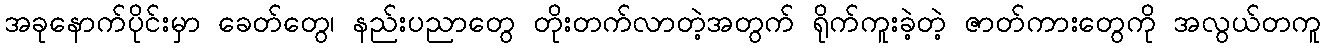
အခုနောက်ပိုင်းမှာ ခေတ်တွေ၊ နည်းပညာတွေ တိုးတက်လာတဲ့အတွက် ရိုက်ကူးခဲ့တဲ့ ဇာတ်ကားတွေကို အလွယ်တကူ